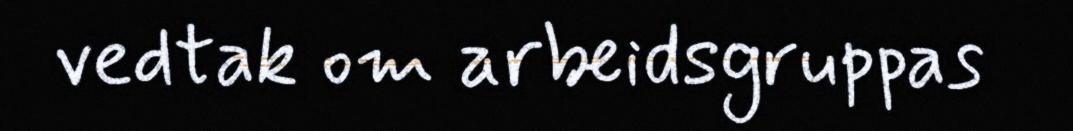
vedtak om arbeidsgruppas